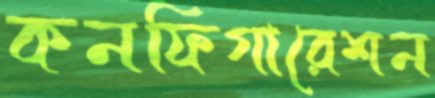
কনফিগারেশন